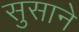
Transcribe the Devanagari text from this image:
सुसाने